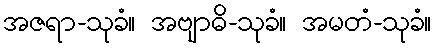
အဇရာ-သုခံ။ အဗျာဓိ-သုခံ။ အမတံ-သုခံ။